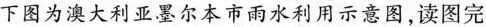
下图为澳大利亚墨尔本市雨水利用示意图，读图完